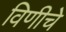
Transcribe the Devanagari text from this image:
विणीचे